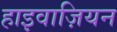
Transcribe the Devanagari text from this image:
हाइवाज़ियन